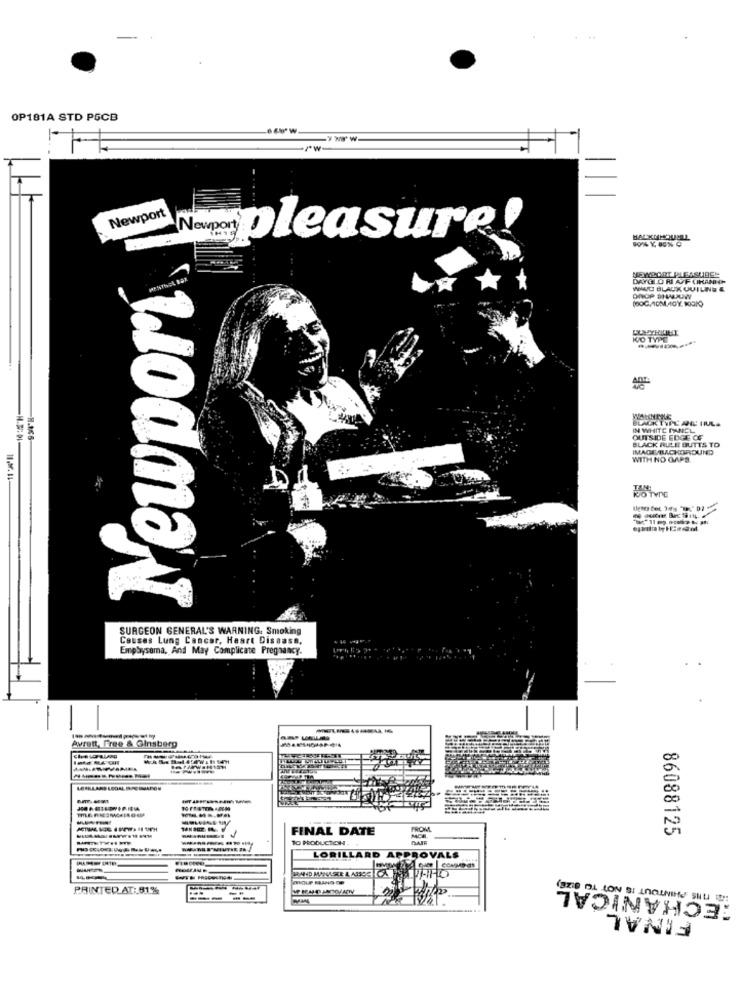
OP181A STD PGCB
Newport
Nappleasure
NEWPORT PLEASUREN
DAYGLO RI AFF CIKANNN
WIAUDI BLACK QUILINE &
-
IN WHITE PANEL
OUTSIDE EDGE OF
BLACK RULE BUTTS TO
IMAGE BACKGROUND
WITH NO GAPS.
10.3. 14-
Lodma®
SURGEON GENERAL'S WARNING. Smoking
Causes Lung Cancer, Heart Disease.
Emphysema, And May Complicate Pregnancy.
avrett, Free & Ginsberg
FINAL DATE
FROM
10 PRODUCTION.
DATE
86088125
LORILLARD A
PROVALS
MECHANICAL
PRINTED AT: 81%
--
FINAL